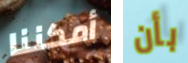
أمكننا بأن